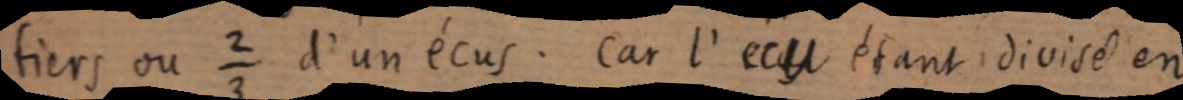
tiers ou ⅔ d’un écus. Car l’écu etant divisé en